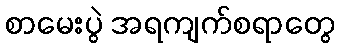
စာမေးပွဲ အရကျက်စရာတွေ